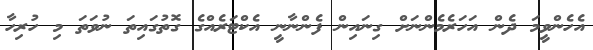
އެހެންވީމަ ދެން އަހަރެމެންނަށް ގިނައިން ފެންނާނީ އެކްޓަރެއްގެ ގޮތުގައިތަ ނުވަތަ މި ހުރިހާ